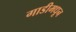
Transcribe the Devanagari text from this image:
गाडीमधून